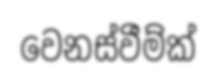
වෙනස්වීම්ක්